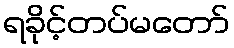
ရခိုင့်တပ်မတော်